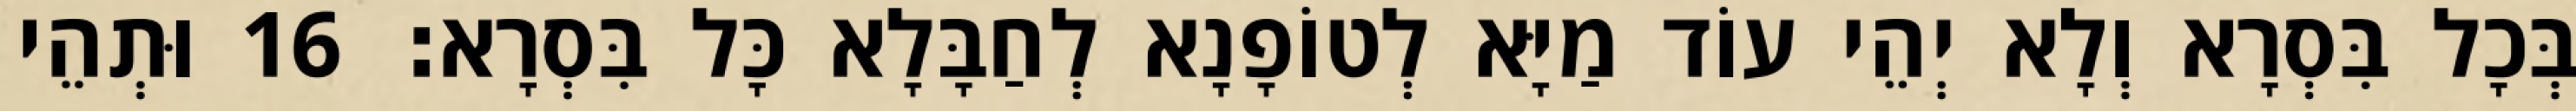
בְּכָל בִּסְרָא וְלָא יְהֵי עוֹד מַיָּא לְטוֹפָנָא לְחַבָּלָא כָּל בִּסְרָא׃ 16 וּתְהֵי